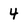
Character: 4